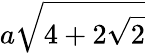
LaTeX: a{\sqrt{4+2{\sqrt{2}}}}